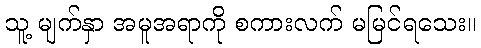
သူ့ မျက်နှာ အမူအရာကို စကားလက် မမြင်ရသေး။